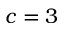
c = 3